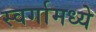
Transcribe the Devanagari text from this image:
स्वर्गामध्ये